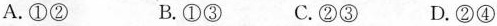
A.①② B.①③ C.②③ D.②④